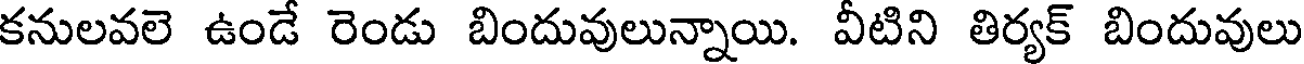
కనులవలె ఉండే రెండు బిందువులున్నాయి. వీటిని తిర్యక్ బిందువులు